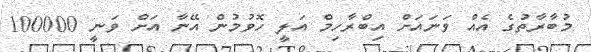
މުބާރާތުގެ އެއް ވަނައަށް އިބްރާހިމް އަލީ ހޮވުމުން އޭނާ އަށް ވަނީ 100000